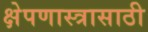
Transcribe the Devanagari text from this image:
क्षेपणास्त्रासाठी